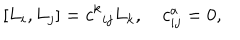
[ L _ { i } , L _ { j } ] = c ^ { k } { } _ { i j } L _ { k } , \quad c _ { i j } ^ { a } = 0 ,